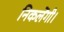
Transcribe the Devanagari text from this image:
निकलेंगी।